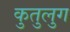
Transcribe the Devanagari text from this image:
कुतुलुग